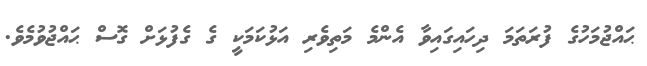
ޙައްޖުމަހުގެ ފުރަތަމަ ދިހައިގައިވާ އެންމެ މަތިވެރި އަޅުކަމަކީ ގެ ގެފުޅަށް ގޮސް ޙައްޖުވުމެވެ.